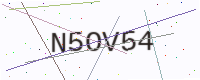
Text: N5OV54